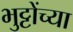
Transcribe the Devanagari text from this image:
भुट्टोंच्या